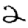
Digit: 2